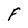
Character: F